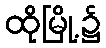
ထိုမြို့၌